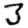
Digit: 3